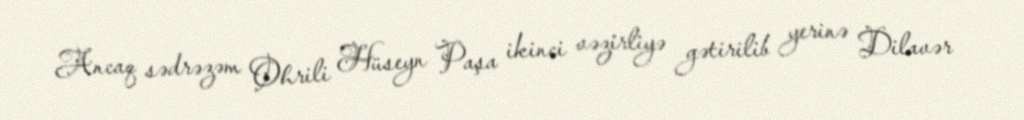
Ancaq sədrəzəm Ohrili Hüseyn Paşa ikinci vəzirliyə gətirilib yerinə Dilavər